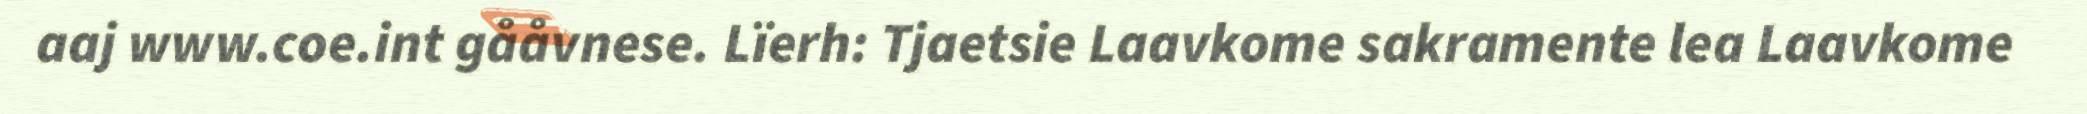
aaj www.coe.int gååvnese. Lïerh: Tjaetsie Laavkome sakramente lea Laavkome